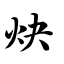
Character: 炔